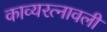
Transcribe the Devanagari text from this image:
काव्यरत्‍नावली